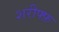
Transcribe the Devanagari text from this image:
शरीफ्फ़